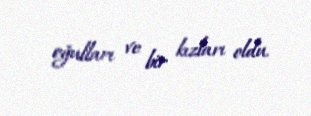
oğulları ve bir kızları oldu.